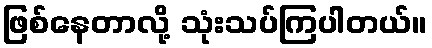
ဖြစ်နေတာလို့ သုံးသပ်ကြပါတယ်။